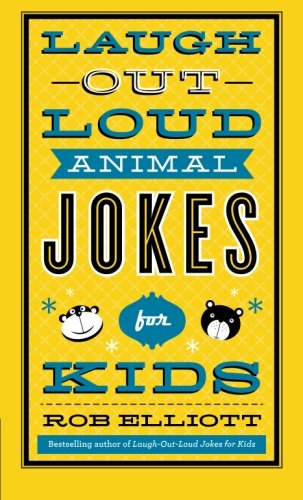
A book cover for Laugh-Out-Loud Animal Jokes for Kids; Rob Elliott; Humor & Entertainment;